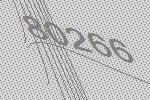
80266